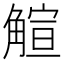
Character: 𧤎